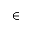
\in